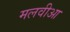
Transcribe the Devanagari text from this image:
मलवीआ